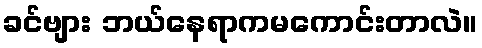
ခင်ဗျား ဘယ်နေရာကမကောင်းတာလဲ။